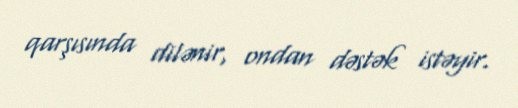
qarşısında dilənir, ondan dəstək istəyir.